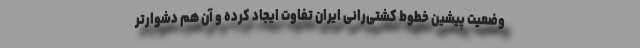
وضعیت پیشین خطوط کشتی‌رانی ایران تفاوت ایجاد کرده و آن هم دشوارتر